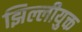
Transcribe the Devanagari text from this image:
झिल्लीयुक्त